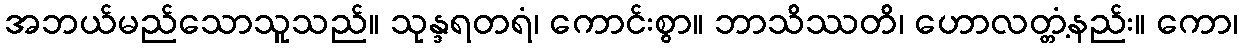
အဘယ်မည်သောသူသည်။ သုန္ဒရတရံ၊ ကောင်းစွာ။ ဘာသိဿတိ၊ ဟောလတ္တံ့နည်း။ ကော၊